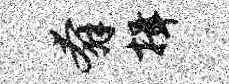
奔揖